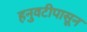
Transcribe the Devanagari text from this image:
हनुवटीपासून